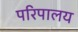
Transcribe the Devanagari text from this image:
परिपालय